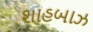
શાહબાઝ